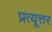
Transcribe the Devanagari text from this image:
प्रत्यूत्तर